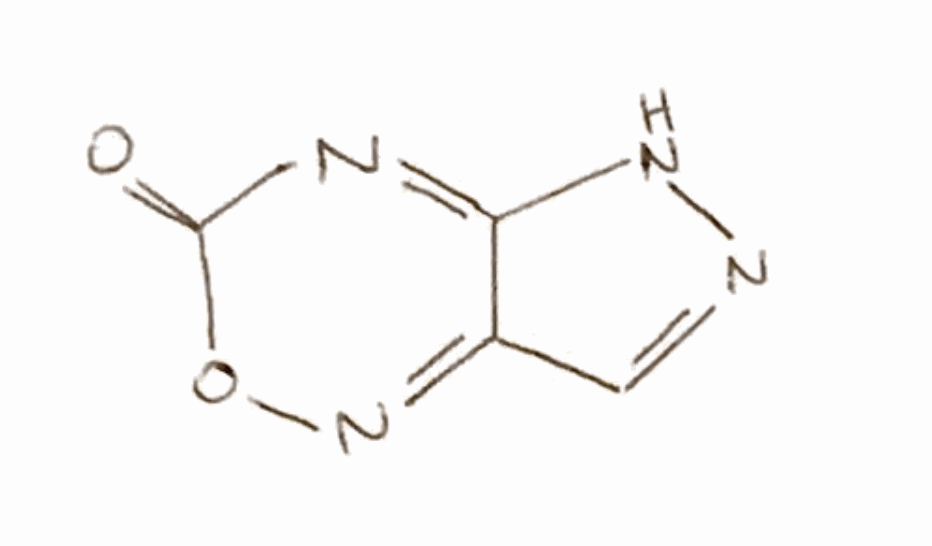
Simplified molecular-input line-entry system (SMILES) notation of the given molecule:
C1=NNC2=NC(=O)ON=C21